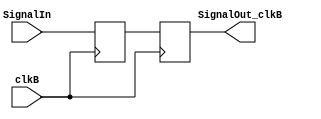
module sync(
    input SignalIn,
    input clkB,
    output SignalOut_clkB
);

// two-stages shift-register to synchronize SignalIn to the clkB clock domain
reg [1:0] SyncA_clkB;
always @(posedge clkB) SyncA_clkB[0] <= SignalIn;   
always @(posedge clkB) SyncA_clkB[1] <= SyncA_clkB[0];   

assign SignalOut_clkB = SyncA_clkB[1];  // new signal synchronized to (=ready to be used in) clkB domain
endmodule